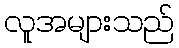
လူအများသည်